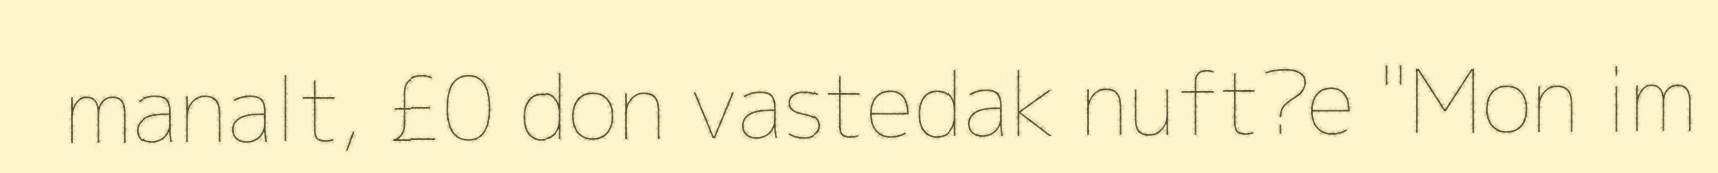
manalt, £0 don vastedak nuft?e "Mon im